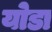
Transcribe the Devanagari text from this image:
योडा